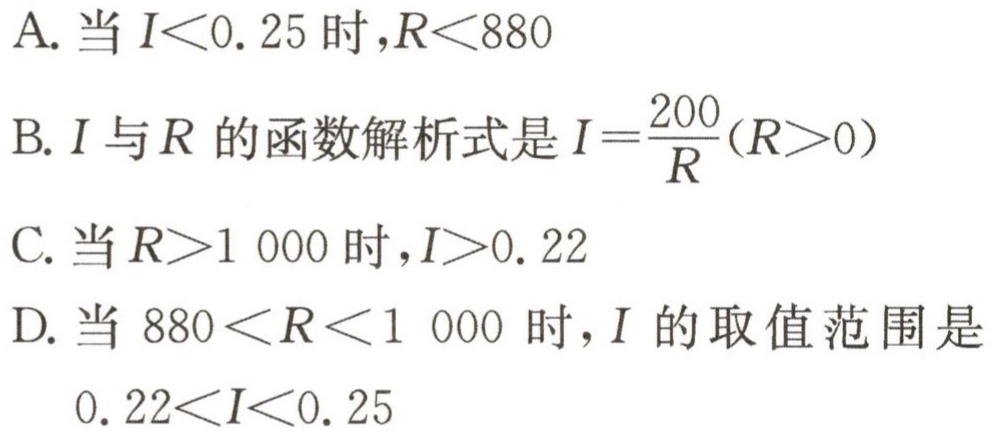
A. 当\(I<0.25\)时，\(R<880\)

B. \(I\)与\(R\)的函数解析式是\(I = \frac{200}{R}(R>0)\)

C. 当\(R>1\ 000\)时，\(I>0.22\)

D. 当\(880<R<1\ 000\)时，\(I\)的取值范围是\(0.22<I<0.25\)